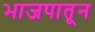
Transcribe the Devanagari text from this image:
भाजपातून